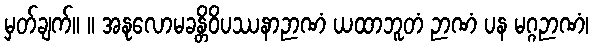
မှတ်ချက်။ ။ အနုလောမခန္တိဝိပဿနာဉာဏံ ယထာဘူတံ ဉာဏံ ပန မဂ္ဂဉာဏံ၊